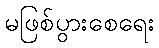
မဖြစ်ပွားစေရေး